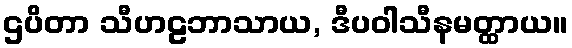
ဌပိတာ သီဟဠဘာသာယ, ဒီပဝါသီနမတ္ထာယ။